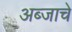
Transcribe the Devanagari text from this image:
अब्जाचे